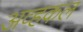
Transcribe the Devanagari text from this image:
अव्हकल